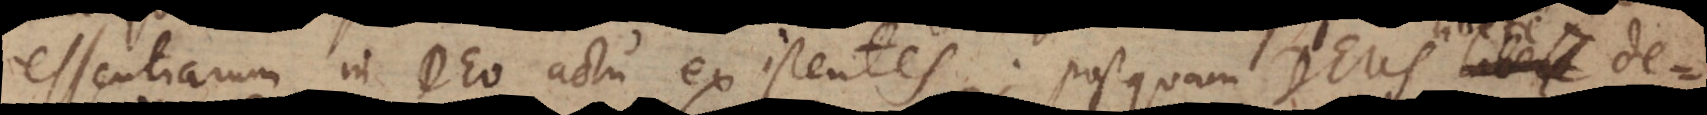
essentiarum in Deo actu existentes; postquam Deus l